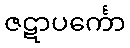
ဇဋာပင်္ကော